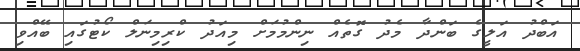
އަބްދު އަލީގެ ބަންދާ މެދު ގޮތެއް ނިންމުމަށް މިއަދު ކްރިމިނަލް ކޯޓުގައި ބޭއްވި